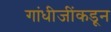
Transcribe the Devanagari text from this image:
गांधीजींकडून